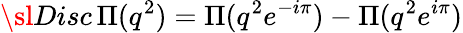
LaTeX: {\sl Disc\, }\Pi(q^{2})=\Pi(q^{2}e^{-i\pi})-\Pi(q^{2}e^{i\pi})